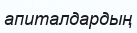
апиталдардың